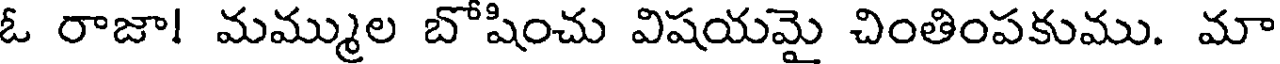
ఓ రాజా! మమ్ముల బోషించు విషయమై చింతింపకుము. మా